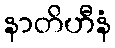
နာတိဟီနံ